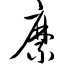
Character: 縻